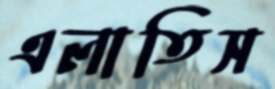
এলাতিস